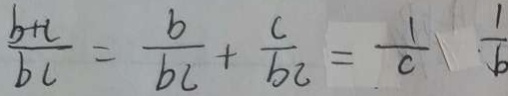
\frac { b + c } { b c } = \frac { b } { b c } + \frac { c } { b c } = \frac { 1 } { c } \frac { 1 } { b }